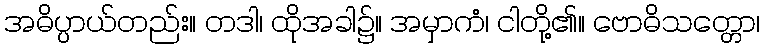
အဓိပ္ပာယ်တည်း။ တဒါ၊ ထိုအခါ၌။ အမှာကံ၊ ငါတို့၏။ ဗောဓိသတ္တော၊